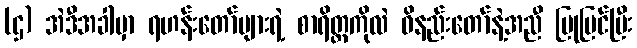
(ဌ) အဲဒီအခါမှာ ရဟန်းတော်များရဲ့ စာရိတ္တကိုလဲ ဝိနည်းတော်နဲ့အညီ ပြုပြင်ပြီး